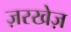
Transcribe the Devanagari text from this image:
ज़रखेज़